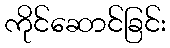
ကိုင်ဆောင်ခြင်း